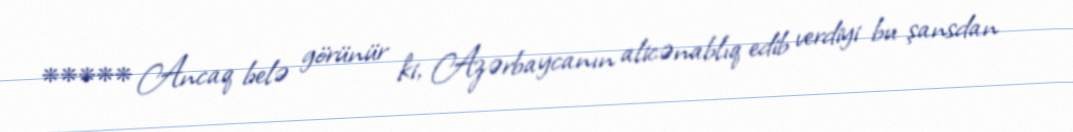
***** Ancaq belə görünür ki, Azərbaycanın alicənablıq edib verdiyi bu şansdan